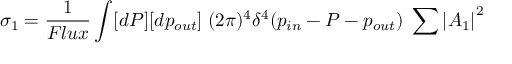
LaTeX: \sigma _ { 1 } = \frac { 1 } { F l u x } \int [ d P ] [ d p _ { o u t } ] \; ( 2 \pi ) ^ { 4 } \delta ^ { 4 } ( p _ { i n } - P - p _ { o u t } ) \; \sum { | A _ { 1 } | } ^ { 2 }